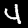
Label: 4